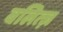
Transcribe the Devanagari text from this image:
बलित्ज़